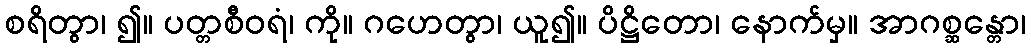
စရိတွာ၊ ၍။ ပတ္တစီဝရံ၊ ကို။ ဂဟေတွာ၊ ယူ၍။ ပိဋ္ဌိတော၊ နောက်မှ။ အာဂစ္ဆန္တော၊